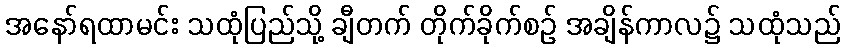
အနော်ရထာမင်း သထုံပြည်သို့ ချီတက် တိုက်ခိုက်စဉ် အချိန်ကာလ၌ သထုံသည်